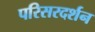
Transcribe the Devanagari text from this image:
परिसरदर्शन